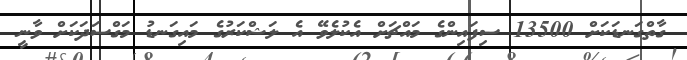
ގާތްގަނޑަކަށް 13500 ސިފައިންގެ މައްޗަށް އެކުލެވޭ އެ ލަޝްކަރުގެ މައިގަނޑު މަގްސަދަކަށް ވާނީ